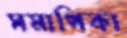
সমাপিকা